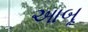
આબૂ